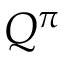
Q ^ { \pi }